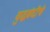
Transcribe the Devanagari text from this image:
युद्धबंदीचे